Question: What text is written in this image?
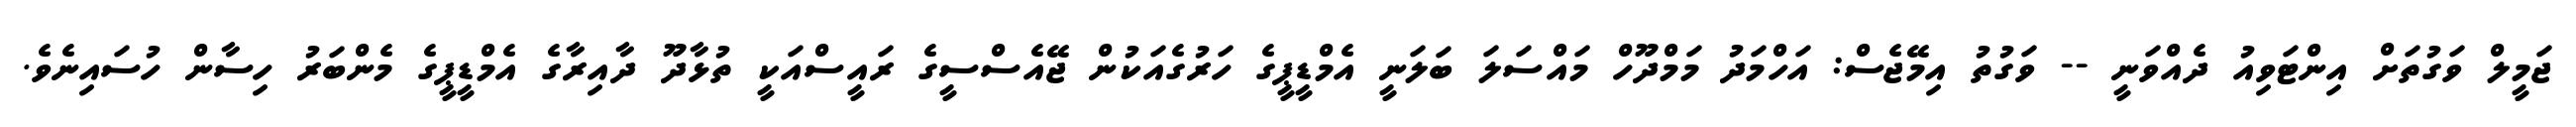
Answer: ޖަމީލް ވަގުތަށް އިންޓަވިއު ދެއްވަނީ -- ވަގުތު އިމޭޖެސް: އަހްމަދު މަމްދޫހް މައްސަލަ ބަލަނީ އެމްޑީޕީގެ ހަރުގެއަކުން ޖޭއެސްސީގެ ރައީސްއަކީ ތުޅާދޫ ދާއިރާގެ އެމްޑީޕީގެ މެންބަރު ހިސާން ހުސައިނެވެ.